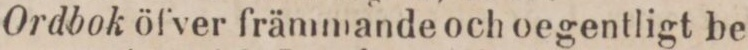
Ordbok öfver främmande och oegentligt be-